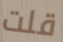
قلت